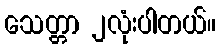
သေတ္တာ ၂လုံးပါတယ်။